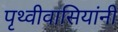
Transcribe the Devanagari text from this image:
पृथ्वीवासियांनी